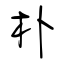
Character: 朴